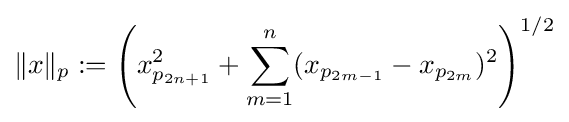
\|x\|_{p}:=\left(x_{p_{2n+1}}^{2}+\sum _{m=1}^{n}(x_{p_{2m-1}}-x_{p_{2m}})^{2}\right)^{1/2}